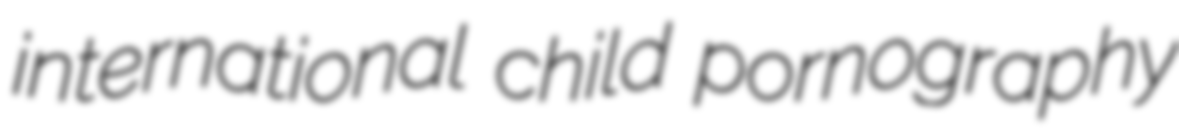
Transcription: international child pornography